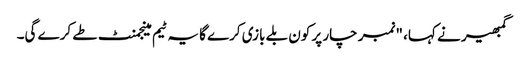
گمبھیر نے کہا، "نمبر چار پر کون بلے بازی کرے گا یہ ٹیم مینجمنٹ طے کرے گی۔